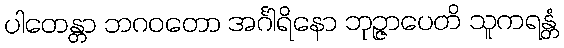
ပါတေန္တာ ဘဂဝတော အင်္ဂါရိနော ဘုဉ္ဇာပေတိ သူကရန္တံ